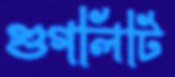
গুগলিটি